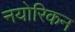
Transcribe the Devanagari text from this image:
नयोरिकन